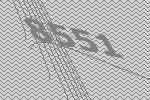
8551